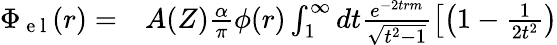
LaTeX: \begin{array}{rl}{\Phi_{\mathrm{~e~l~}}(r)=}&{{}A(Z)\frac{\alpha}{\pi}\phi(r)\int_{1}^{\infty}dt\frac{e^{-2trm}}{\sqrt{t^{2}-1}}\left[\left(1-\frac{1}{2t^{2}}\right)\right.}\end{array}